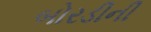
બોરડીની